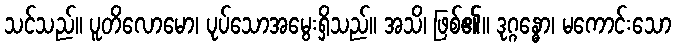
သင်သည်။ ပူတိလောမော၊ ပုပ်သောအမွေးရှိသည်။ အသိ၊ ဖြစ်၏။ ဒုဂ္ဂန္ဓော၊ မကောင်းသော